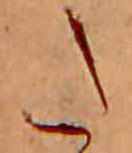
た